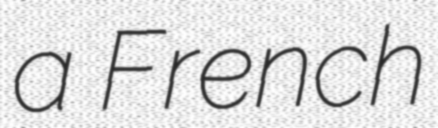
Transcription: a French